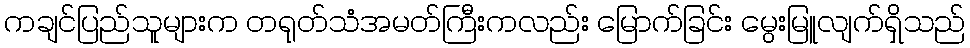
ကချင်ပြည်သူများက တရုတ်သံအမတ်ကြီးကလည်း မြောက်ခြင်း မွေးမြူလျက်ရှိသည်